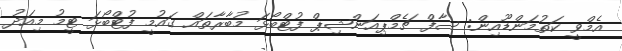
އެމްވީ ކަތުމަންޑޫއިން: ސާފް ޗެމްޕިއަންޝިޕް ފުޓްބޯޅަ މުބާރާތައް ގައުމީ ފުޓްބޯޅަ ޓީމު މިއަދު